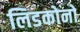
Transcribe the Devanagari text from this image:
लिडकोनो